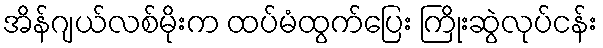
အိန်ဂျယ်လစ်မိုးက ထပ်မံထွက်ပြေး ကြိုးဆွဲလုပ်ငန်း